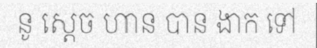
នូ ស្តេច ហាន បាន ងាក ទៅ